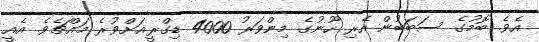
އެވެ. ބޮމުގެ ސަބަބުން އެރި ހޫނުގެ މިންވަރު 4000 ޑިގްރީއަށްވުރެ މައްޗެވެ. އެއީ